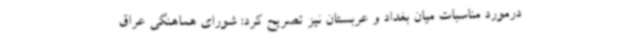
درمورد مناسبات میان بغداد و عربستان نیز تصریح کرد: شورای هماهنگی عراق